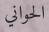
الحواني